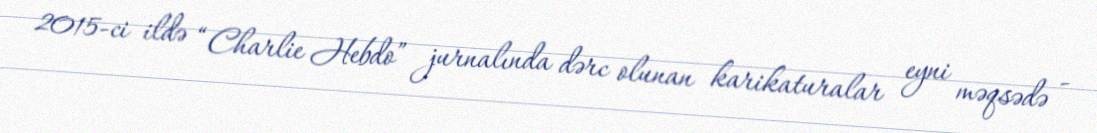
2015-ci ildə “Charlie Hebdo” jurnalında dərc olunan karikaturalar eyni məqsədə -